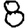
Digit: 8